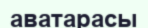
аватарасы